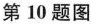
第10题图